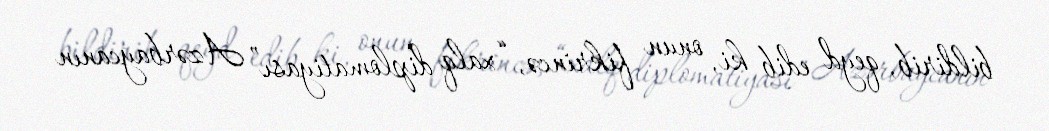
bildirib, qeyd edib ki, onun fikrincə, “xalq diplomatiyası” Azərbaycanın